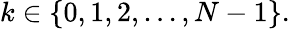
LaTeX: k\in\{ 0,1,2,...,N-1\} .